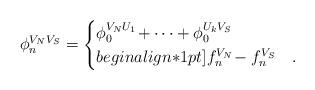
LaTeX: \begin{align*}\phi^{V_NV_S}_n =\begin{cases}\phi^{V_NU_1}_0 \!+ \dots + \phi^{U_kV_S}_0 & \\begin{align*}1pt]f^{V_N}_n \!- f^{V_S}_n & \rlap{.}\end{cases}\end{align*}